system: You are a helpful assistant.
user:
Analyze the provided spectrum to determine if it is a **M-type Giant (gM)**.

A M-type Giant spectrum is defined by its **strong molecular absorption** features, particularly from **Titanium Oxide (TiO)**. You must check for one of the following mutually exclusive signatures:

- **Key Visual Indicators (Absorption-Dominated Spectrum):**

    - **(Primary):** The spectrum is dominated by strong molecular absorption from **Titanium Oxide (TiO)**. This is the **defining feature** of its M-type temperature class.
        - **(Key Bandheads):** Look for sharp, "saw-tooth" absorption valleys. The strongest are located near **~7050 Å**, **~6160 Å**, and **~5170 Å**.
        - **(Line Profile):** The "saw-tooth" morphology is critical: a **sharp, steep drop on the BLUE (short-wavelength) side** of the bandhead, followed by a gradual recovery (rising flux) towards the RED (long-wavelength) side.

    - **(Key Confirmation - Giant vs. Dwarf):** **ABSENCE** of strong **Calcium Hydride (CaH)** molecular bands. This is the primary diagnostic for *excluding* M-dwarfs.
        - **(Key Region):** The spectrum should lack the strong, broad absorption band seen in dwarfs between **~6800 Å and ~7000 Å**.

    - **(Secondary Confirmation - Giant):** A very strong and broad **Neutral Calcium (Ca I)** atomic absorption line.
        - **(Key Line):** Located at **~4226 Å**. In a giant (gM), this line is significantly deeper and broader than the same line in an M-dwarf (dM) due to low surface gravity.

    - **(Overall Spectrum):**
        - The continuum is **extremely red-sloping** (i.e., flux is very low in the blue and rises dramatically towards the red).
        - The entire spectrum appears "chopped up" by the deep TiO bands.

Think first, call **spectral_visualization_tool** if needed to examine features in detail, then provide your final answer. Your response must adhere to the following strict rules:
1.  **Overall Structure:** Your response must follow the format `<think>...</think> <tool_call>...</tool_call> (if a tool is used) <answer>...</answer>`.
2.  **Tool Usage Constraint:** You may only make **one** tool call per turn.
3.  **Final Answer Format:** In the `<answer>` tag, your conclusion must be inside a `\boxed{}` command (e.g., `\boxed{YES}` or `\boxed{NO}`), followed by your justification.

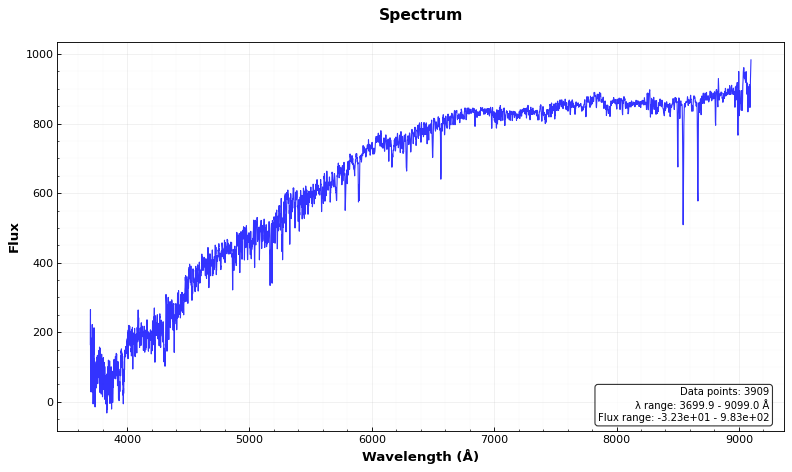
Answer: NO